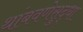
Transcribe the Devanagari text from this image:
थांबवणेसुद्धा